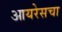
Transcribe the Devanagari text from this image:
आयरेसचा